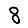
Digit: 8